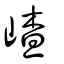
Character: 嵖